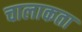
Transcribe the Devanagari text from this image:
चालाकता